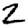
Digit: 2